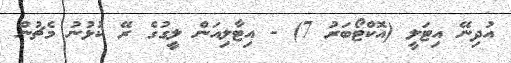
އުދިނޭ އިޓަލީ (އޮކްޓޯބަރު 7) - އިޓާލިއަން ލީގުގެ ރޭ ކުޅުނު މެޗުން